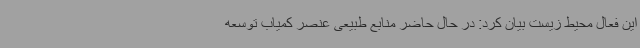
این فعال محیط زیست بیان کرد: در حال حاضر منابع طبیعی عنصر کمیاب توسعه